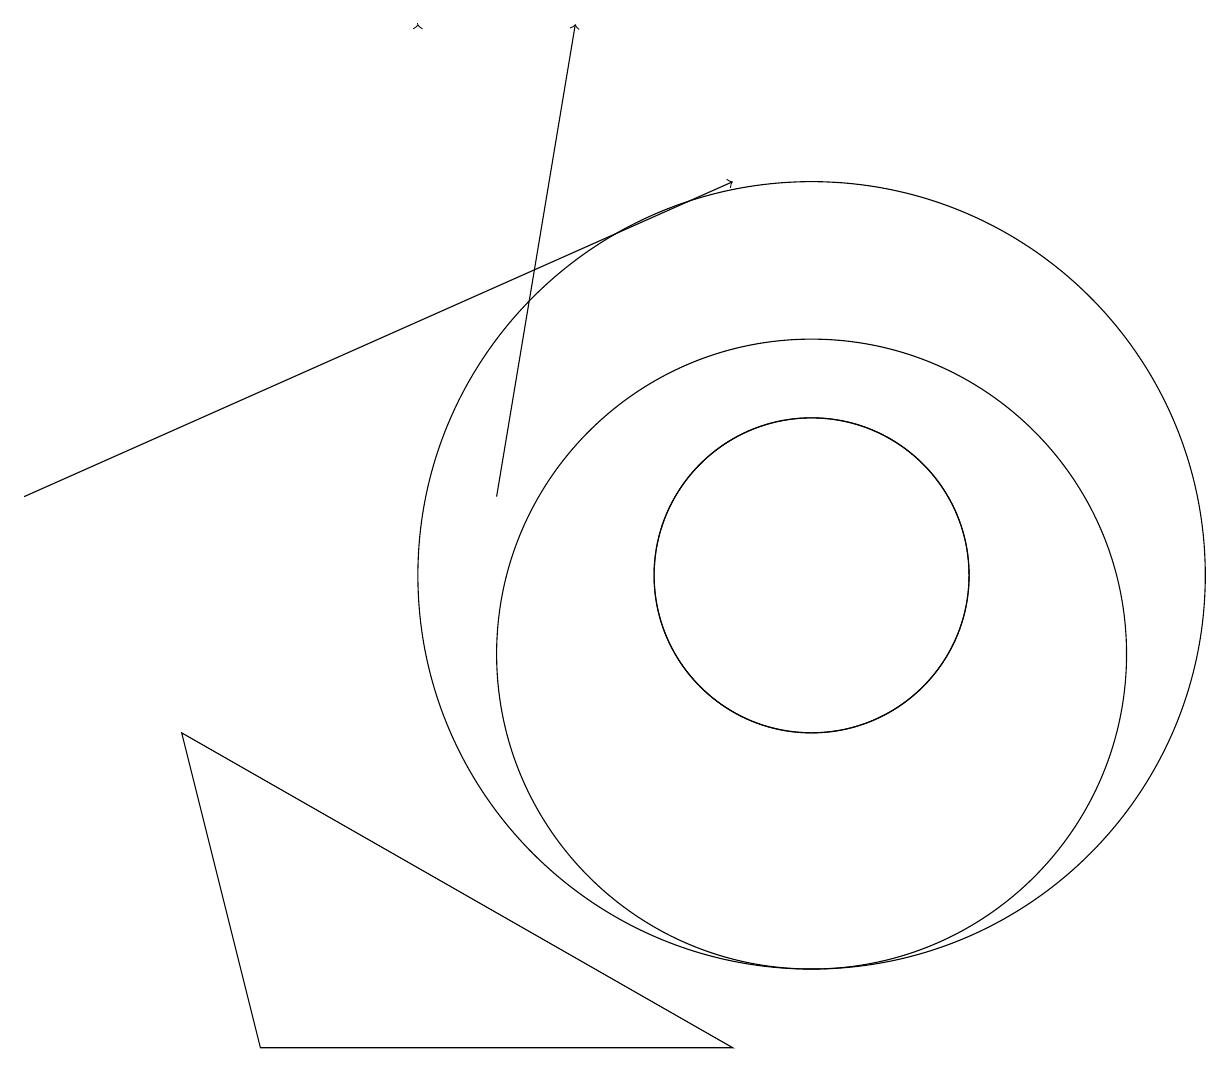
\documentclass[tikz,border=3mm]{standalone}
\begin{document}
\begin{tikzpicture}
\draw[->] (5,18) -- (5,18);
\draw (10,11) circle (2);
\draw (10,11) circle (5);
\draw (9,5) -- (2,9) -- (3,5) -- cycle;
\draw[->] (6,12) -- (7,18);
\draw (10,10) circle (4);
\draw[->] (0,12) -- (9,16);
\draw (10,11) circle (2);
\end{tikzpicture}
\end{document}